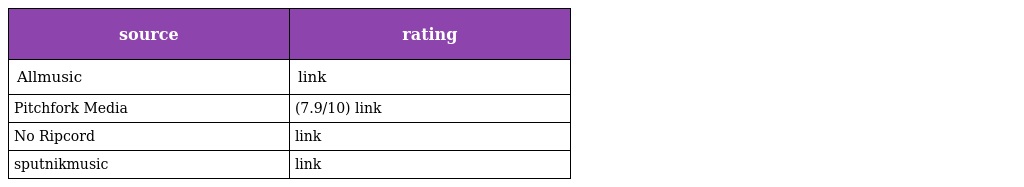
| source | rating |
 | --- | --- |
 | Allmusic | link |
 | Pitchfork Media | (7.9/10) link |
 | No Ripcord | link |
 | sputnikmusic | link |